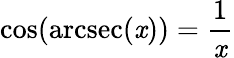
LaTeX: \cos(\operatorname{arcsec}(\mathit{x}))={\frac{{1}}{{\mathit{x}}}}